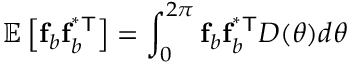
\mathbb { E } \left[ \mathbf { f } _ { b } \mathbf { f } _ { b } ^ { \mathsf { ^ { * } T } } \right] = \int _ { 0 } ^ { 2 \pi } \mathbf { f } _ { b } \mathbf { f } _ { b } ^ { \mathsf { ^ { * } T } } D ( \theta ) d \theta